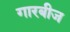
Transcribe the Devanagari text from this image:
गारबीज